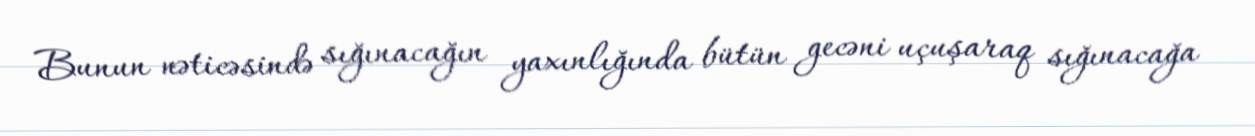
Bunun nəticəsində sığınacağın yaxınlığında bütün gecəni uçuşaraq sığınacağa